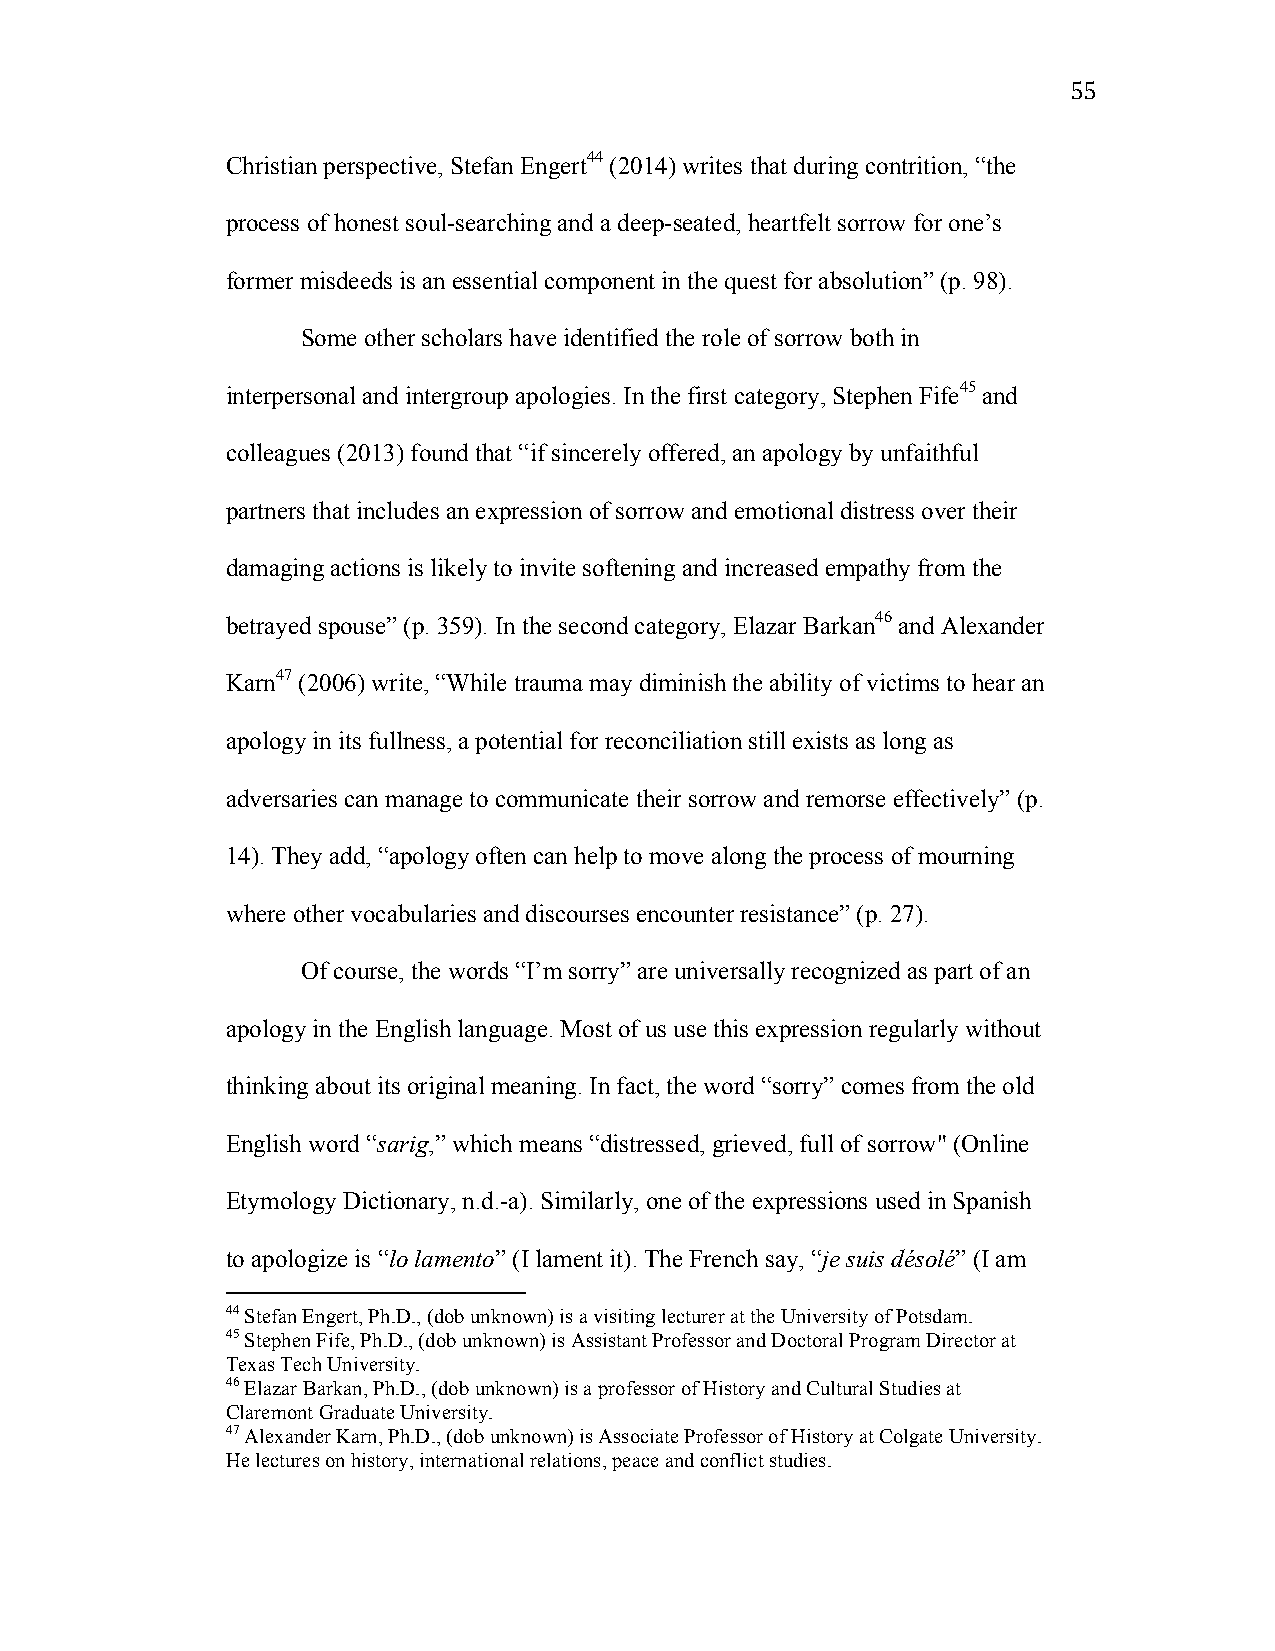
55
 Christian perspective, Stefan Engert44 (2014) writes that during contrition, “the
 process of honest soul-searching and a deep-seated, heartfelt sorrow for one’s
 former misdeeds is an essential component in the quest for absolution” (p. 98).
 Some other scholars have identified the role of sorrow both in
 interpersonal and intergroup apologies. In the first category, Stephen Fife45 and
 colleagues (2013) found that “if sincerely offered, an apology by unfaithful
 partners that includes an expression of sorrow and emotional distress over their
 damaging actions is likely to invite softening and increased empathy from the
 betrayed spouse” (p. 359). In the second category, Elazar Barkan46 and Alexander
 Karn47 (2006) write, “While trauma may diminish the ability of victims to hear an
 apology in its fullness, a potential for reconciliation still exists as long as
 adversaries can manage to communicate their sorrow and remorse effectively” (p.
 14). They add, “apology often can help to move along the process of mourning
 where other vocabularies and discourses encounter resistance” (p. 27).
 Of course, the words “I’m sorry” are universally recognized as part of an
 apology in the English language. Most of us use this expression regularly without
 thinking about its original meaning. In fact, the word “sorry” comes from the old
 English word “sarig,” which means “distressed, grieved, full of sorrow" (Online
 Etymology Dictionary, n.d.-a). Similarly, one of the expressions used in Spanish
 to apologize is “lo lamento” (I lament it). The French say, “je suis désolé” (I am
 44 Stefan Engert, Ph.D., (dob unknown) is a visiting lecturer at the University of Potsdam.
 45 Stephen Fife, Ph.D., (dob unknown) is Assistant Professor and Doctoral Program Director at
 Texas Tech University.
 46 Elazar Barkan, Ph.D., (dob unknown) is a professor of History and Cultural Studies at
 Claremont Graduate University.
 47 Alexander Karn, Ph.D., (dob unknown) is Associate Professor of History at Colgate University.
 He lectures on history, international relations, peace and conflict studies.